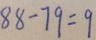
8 8 - 7 9 = 9